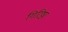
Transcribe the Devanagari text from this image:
गिरिष्ठा